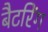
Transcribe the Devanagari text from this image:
बैटरिंग